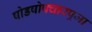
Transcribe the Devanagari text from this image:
षोडषोपचारपूजा